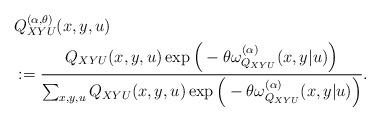
LaTeX: \begin{align*} & Q_{XYU}^{(\alpha,\theta)}(x,y,u) \\ &:= \frac{Q_{XYU}(x,y,u)\exp\Big(-\theta\omega_{Q_{XYU}}^{(\alpha)}(x,y|u)\Big)}{\sum_{x,y,u}Q_{XYU}(x,y,u)\exp\Big(-\theta\omega_{Q_{XYU}}^{(\alpha)}(x,y|u)\Big)}.\end{align*}